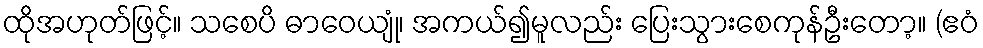
ထိုအဟုတ်ဖြင့်။ သစေပိ ဓာဝေယျုံ၊ အကယ်၍မူလည်း ပြေးသွားစေကုန်ဦးတော့။ (ဧဝံ